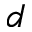
d